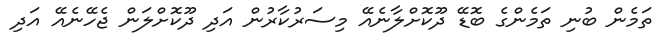
ތަމެން ބުނި ތަމެންގެ ބޮޑޭ ދޫކޮށްލާނެއޭ މިސަރުކާރުން އަދި ދޫކޮށްލަން ޖެހޭނެއޭ އަދި